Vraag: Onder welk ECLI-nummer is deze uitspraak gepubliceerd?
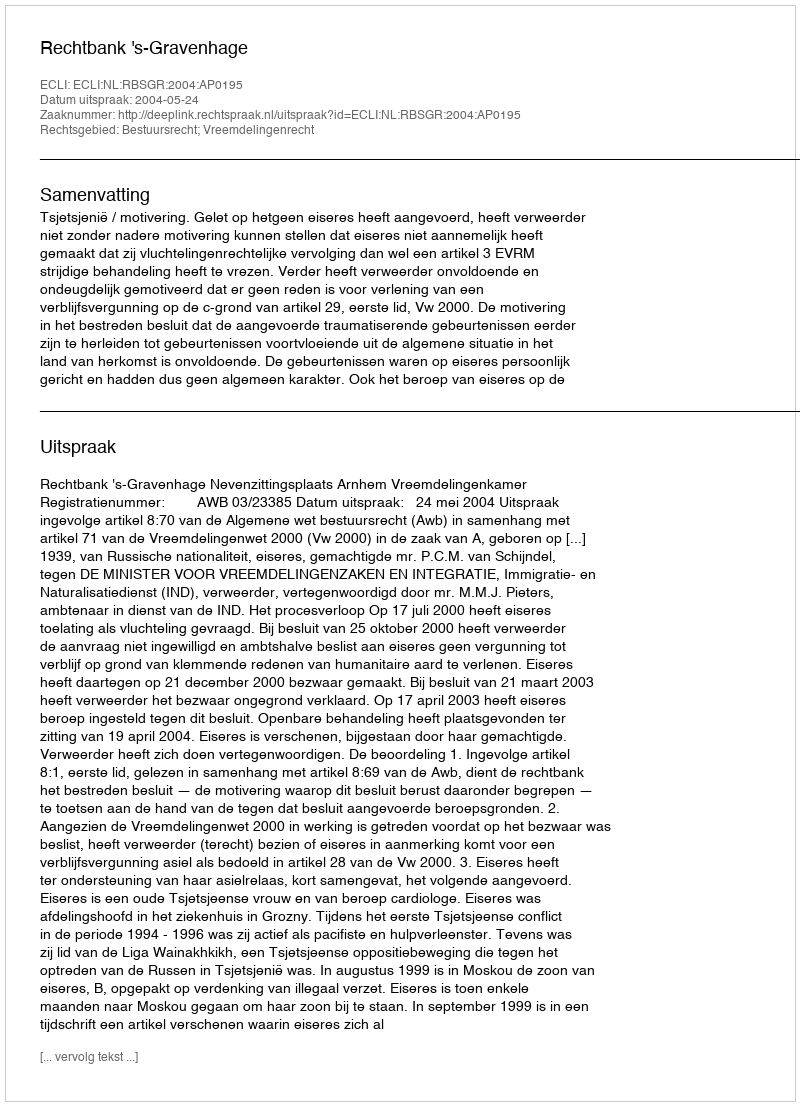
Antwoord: ECLI:NL:RBSGR:2004:AP0195